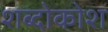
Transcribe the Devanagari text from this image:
शब्दोकोश